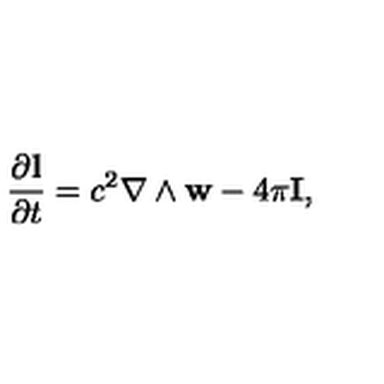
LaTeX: \frac { \partial { \bf l } } { \partial t } = c ^ { 2 } \nabla \wedge { \bf w } - 4 \pi { \bf I } ,